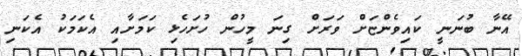
އޭނާ ބުނަނީ ކައިވެންޏަށް ވަރަށް ގިނަ މީހުން ހުށަހެޅި ކަމަށާއި އެކަމަކު އެކަނި